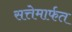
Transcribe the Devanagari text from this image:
सत्तेमार्फत